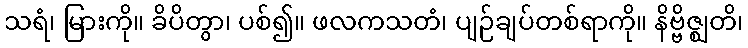
သရံ၊ မြားကို။ ခိပိတွာ၊ ပစ်၍။ ဖလကသတံ၊ ပျဉ်ချပ်တစ်ရာကို။ နိဗ္ဗိဇ္ဈတိ၊